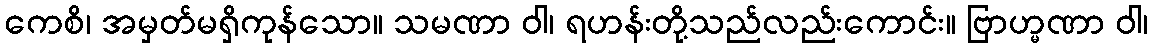
ကေစိ၊ အမှတ်မရှိကုန်သော။ သမဏာ ဝါ၊ ရဟန်းတို့သည်လည်းကောင်း။ ဗြာဟ္မဏာ ဝါ၊